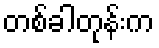
တစ်ခါတုန်းက